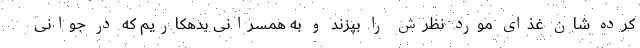
کرده شان غذای مورد نظرش را بپزند و به همسرانی بدهکاریم که در جوانی